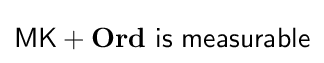
{\mathsf {MK}}+\mathbf {Ord} {\mathsf {\ is\ measurable}}